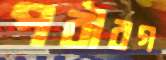
পরীরগ